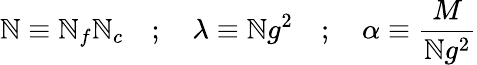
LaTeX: \mathbb{N}\equiv\mathbb{N}_{f}\mathbb{N}_{c}\quad;\quad\lambda\equiv\mathbb{N}g^{2}\quad;\quad\alpha\equiv{\frac{{M}}{{\mathbb{N}g^{2}}}}